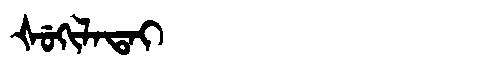
Manchu: ᡧᡠᡴᡳᠯᠠᡨᠠᡳ
Romanization: ŠUKILATAI